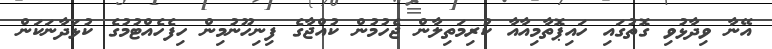
އޭނާ ވިދާޅުވި ގޮތުގައި ހައިޕޮތާމިއާއާ ކުރިމަތިލާން ޖެހުމުން ކުއްޖާގެ ފިނިހޫނުމިން ހިފެހެއްޓުމުގެ ކުޅަދާނަކަން